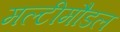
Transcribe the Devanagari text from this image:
मल्टीमौडल